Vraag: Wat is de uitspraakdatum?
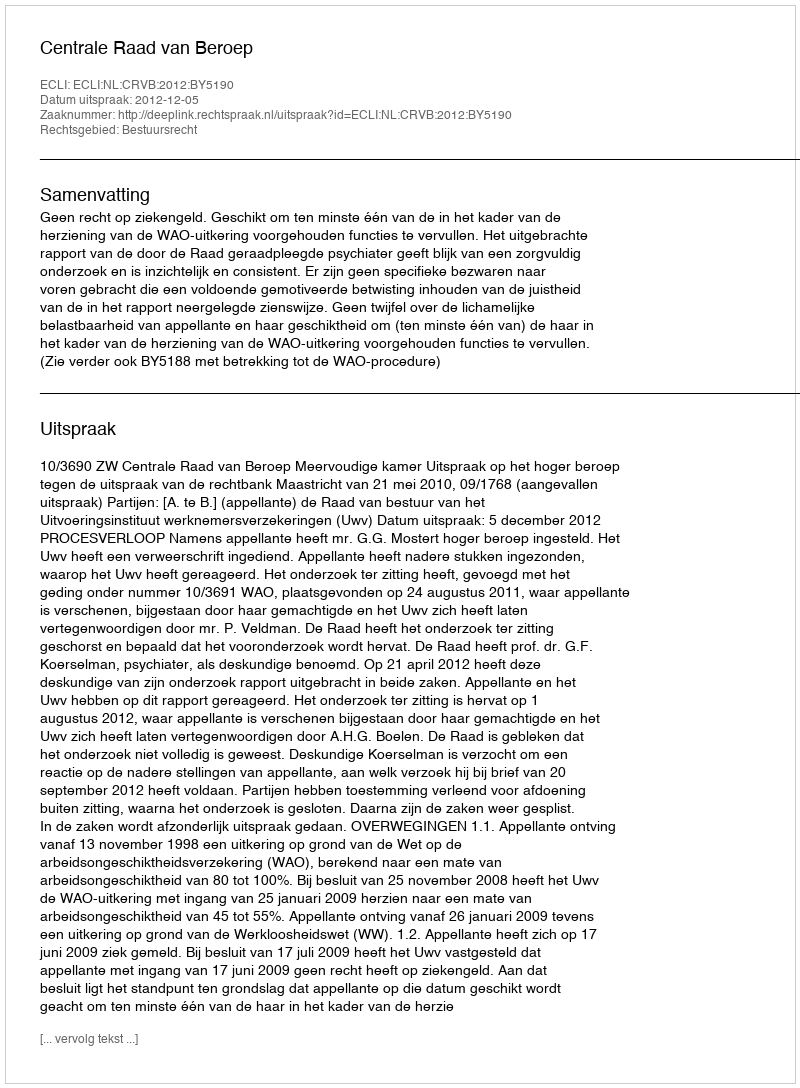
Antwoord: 2012-12-05